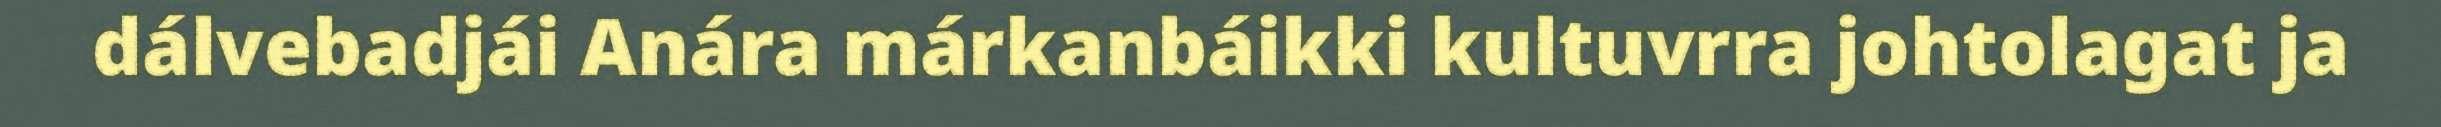
dálvebadjái Anára márkanbáikki kultuvrra johtolagat ja